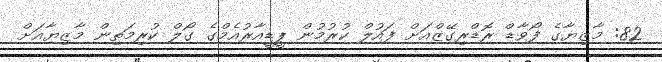
82: މާޒިޔާގެ ފޯވާޑް ރޮޑްރިގޭޒްއަށް ފައުލް ކުރުމުން ޕީޑީއާރުއެމްގެ ގޯލް ކުރިމަތިން މާޒިޔާއަށް